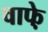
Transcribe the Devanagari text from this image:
वाफे़